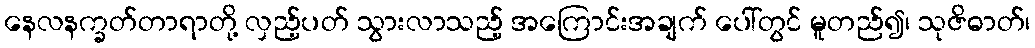
နေလနက္ခတ်တာရာတို့ လှည့်ပတ် သွားလာသည့် အကြောင်းအချက် ပေါ်တွင် မူတည်၍၊ သုဇိဓာတ်၊